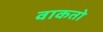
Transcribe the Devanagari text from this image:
वाकतो